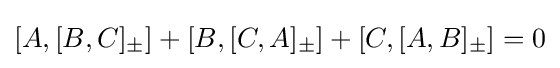
\left[A,[B,C]_{\pm }\right]+\left[B,[C,A]_{\pm }\right]+\left[C,[A,B]_{\pm }\right]=0